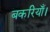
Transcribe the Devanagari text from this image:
बकरियाँ।